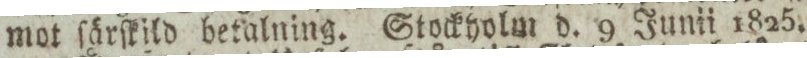
mot ſärſkild betalning. Stockyolm d. 9 Junii 1825.